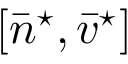
[ \bar { n } ^ { \star } , \bar { v } ^ { \star } ]